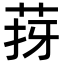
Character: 𦯙